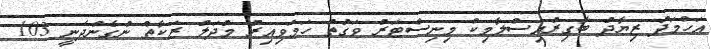
އަހްމަދު ޒިޔާދު ބާގިރުއިސްލާމިކް މިނިސްޓަރު ވަގުތު ހަމަވިއިރު މުދަލު ޒަކާތް ނުގެންދަނީ 103